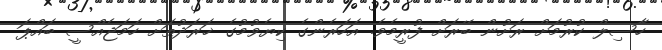
ހާސިލް ކުރުމަށް ރަށުން ބޭރަށް ފުރީމެވެ. އަހަރެންގެ ކިޔެވުމުގެ ޚަރަދުތަށް ހަމަޖެއްސީ ބައްޕަ